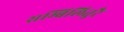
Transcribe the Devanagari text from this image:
सम्बिलितुरै